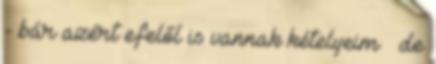
- bár azért efelől is vannak kételyeim – de